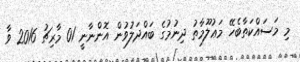
މި މަސައްކަތާބެހޭ މަޢުލޫމާތު ދިނުމުގެ ބައްދަލުވުން އޮންނާނީ 01 މާރިޗު 2016 ވާ